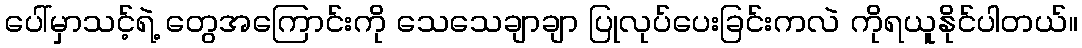
ပေါ်မှာသင့်ရဲ့ တွေအကြောင်းကို သေသေချာချာ ပြုလုပ်ပေးခြင်းကလဲ ကိုရယူနိုင်ပါတယ်။